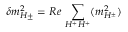
\delta m _ { H \pm } ^ { 2 } = R e \, \sum _ { H ^ { + } H ^ { + } } ( m _ { H ^ { \pm } } ^ { 2 } )